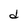
Character: d